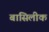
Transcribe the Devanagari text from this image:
बासिलीक